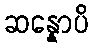
ဆန္နောပိ